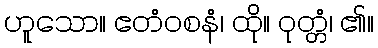
ဟူသော။ ဧတံဝစနံ၊ ထို။ ဝုတ္တံ၊ ၏။